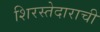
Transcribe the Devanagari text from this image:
शिरस्तेदाराची